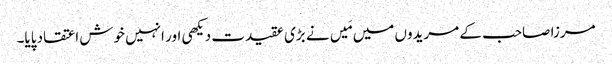
مرزا صاحب کے مریدوں میں مَیں نے بڑی عقیدت دیکھی اور انہیں خوش اعتقاد پایا۔